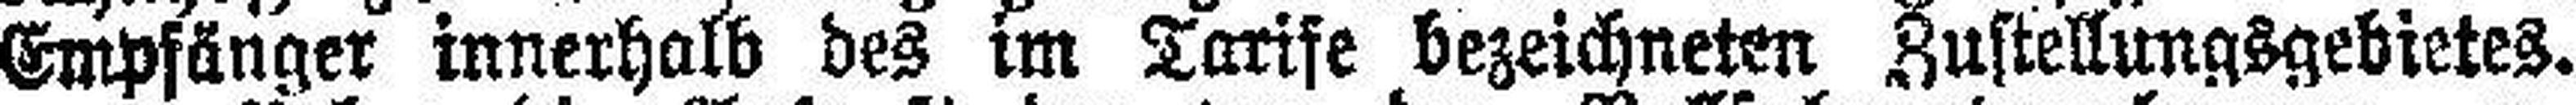
Empfänger innerhalb des im Tarife bezeichneten Zustellungsgebietes.